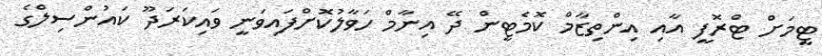
ޓީމަށް ޓްރޮފީ އާއި އިންތިޒާމް ކޮމެޓީން ދޭ އިނާމް ހަވާލުކޮށްފައިވަނީ ވައިކަރަދޫ ކައުންސިލްގެ